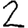
Digit: 2